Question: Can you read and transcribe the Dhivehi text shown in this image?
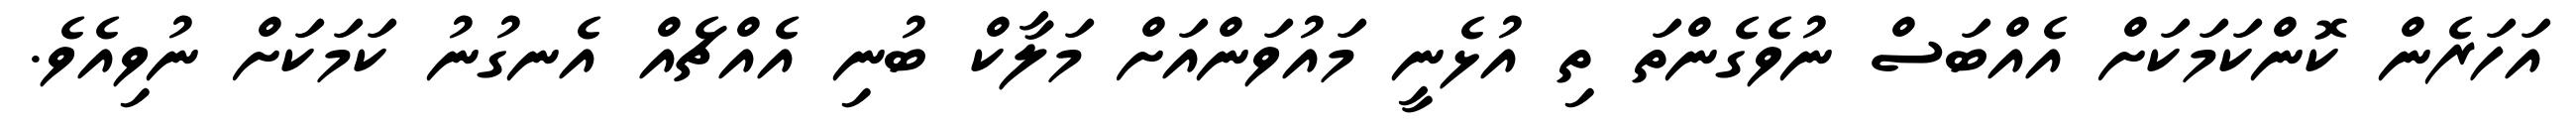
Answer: އަހަރެން ކޮންކަމަކަށް އެއްބަސް ނުވެގެންތަ ތި އުޅެނީ މައުވަންއަށް މަލާކް ބުނި އެއްޗެއް އެނގުނު ކަމަކަށް ނުވިއެވެ.